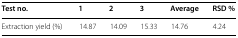
<table><thead><tr><td><b>Test no.</b></td><td><b>1</b></td><td><b>2</b></td><td><b>3</b></td><td><b>Average</b></td><td><b>RSD %</b></td></tr></thead><tbody><tr><td>Extraction yield (%)</td><td>14.87</td><td>14.09</td><td>15.33</td><td>14.76</td><td>4.24</td></tr></tbody></table>